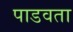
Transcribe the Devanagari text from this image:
पाडवता